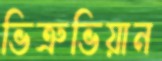
ভিত্রুভিয়ান